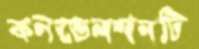
কনভেনশনটি